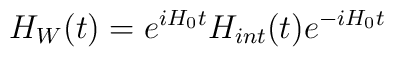
H_{W}(t)=e^{iH_{0}t}H_{int}(t)e^{-iH_{0}t}